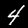
Label: 4